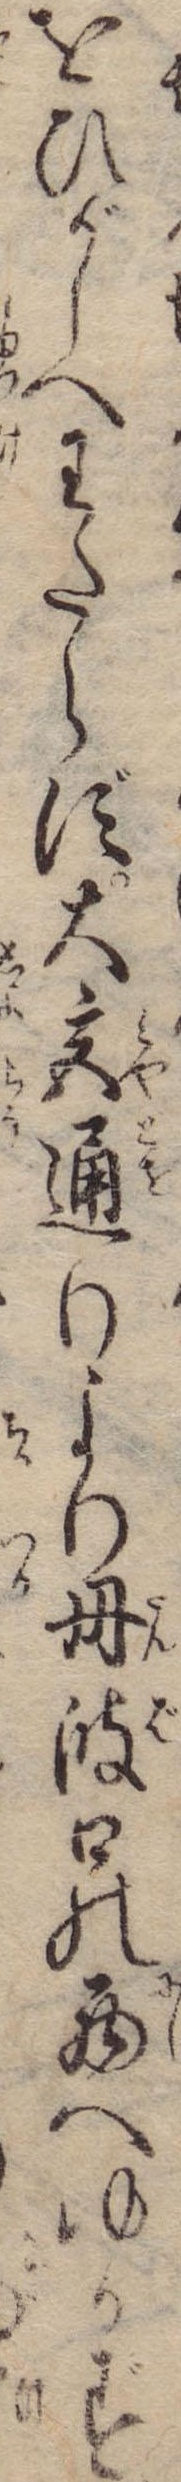
をひがしへわたらず大宮通りより丹波口の西へゆかず